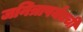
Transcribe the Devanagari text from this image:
जनित्रापर्यंतची